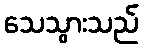
သေသွားသည်